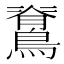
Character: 𮭉